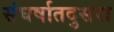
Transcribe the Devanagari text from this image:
संघर्षातदुसरा